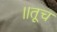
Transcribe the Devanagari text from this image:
॥तूच